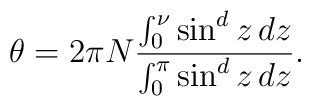
\theta = 2\pi N    \frac{\int_0^{\nu}\sin^d z \,dz}    {\int_0^{\pi}\sin^d z \,dz}.